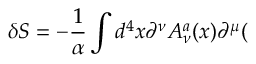
\delta S = - \frac 1 \alpha \int d ^ { 4 } x \partial ^ { \nu } A _ { \nu } ^ { a } ( x ) \partial ^ { \mu } (